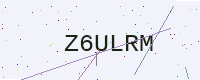
Text: Z6ULRM